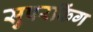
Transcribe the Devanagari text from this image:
सुपरकिंग